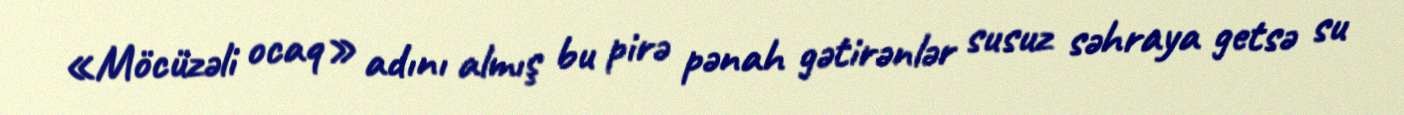
«Möcüzəli ocaq» adını almış bu pirə pənah gətirənlər susuz səhraya getsə su